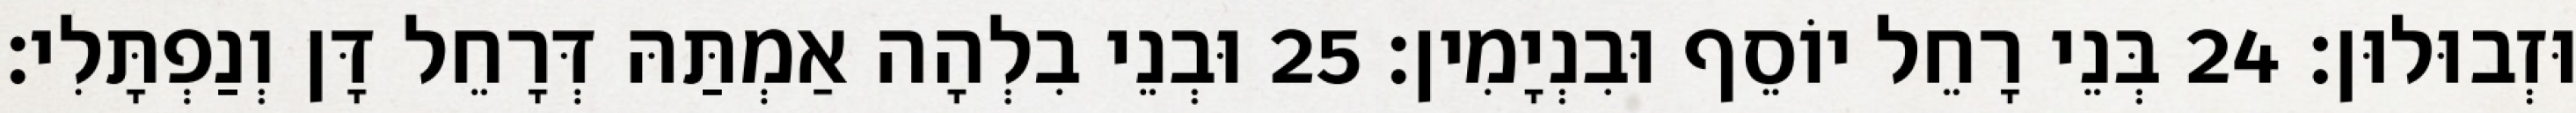
וּזְבוּלוּן׃ 24 בְּנֵי רָחֵל יוֹסֵף וּבִנְיָמִין׃ 25 וּבְנֵי בִלְהָה אַמְתַּהּ דְּרָחֵל דָּן וְנַפְתָּלִי׃